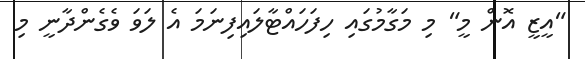
"އީޒީ އޮން މީ" މި މަގާމުގައި ހިފަހައްޓާލައިފިނަމަ އެ ލަވަ ވެގެންދާނީ މި